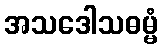
အသဒေါသဓမ္မံ